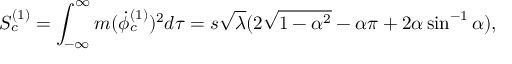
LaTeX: S _ { c } ^ { ( 1 ) } = \int _ { - \infty } ^ { \infty } m ( { \dot { \phi } } _ { c } ^ { ( 1 ) } ) ^ { 2 } d \tau = s \sqrt \lambda ( 2 \sqrt { 1 - \alpha ^ { 2 } } - \alpha \pi + 2 \alpha \sin ^ { - 1 } \alpha ) ,